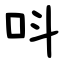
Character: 呌